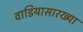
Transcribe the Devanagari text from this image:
वाडियासारख्या